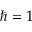
\hbar = 1